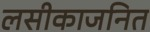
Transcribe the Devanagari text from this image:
लसीकाजनित